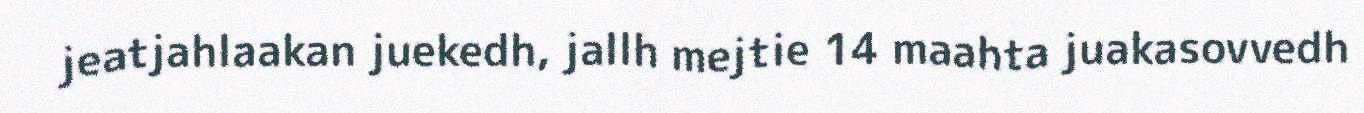
jeatjahlaakan juekedh, jallh mejtie 14 maahta juakasovvedh